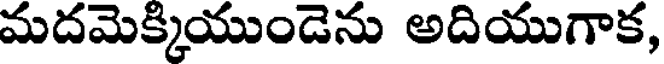
మదమెక్కియుండెను అదియుగాక,